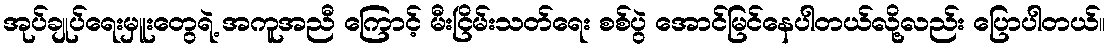
အုပ်ချုပ်ရေးမှူးတွေရဲ့ အကူအညီ ကြောင့် မီးငြိမ်းသတ်ရေး စစ်ပွဲ အောင်မြင်နေပါတယ်လို့လည်း ပြောပါတယ်။